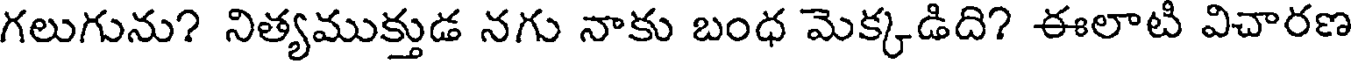
గలుగును? నిత్యముక్తుడ నగు నాకు బంధ మెక్కడిది? ఈలాటి విచారణ